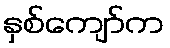
နှစ်ကျော်က